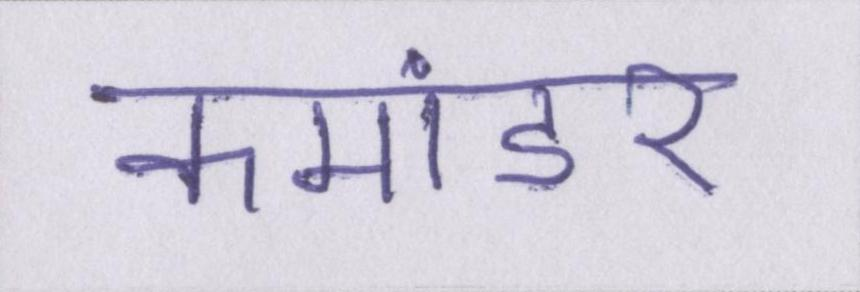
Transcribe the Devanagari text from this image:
कमांडर